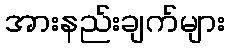
အားနည်းချက်များ